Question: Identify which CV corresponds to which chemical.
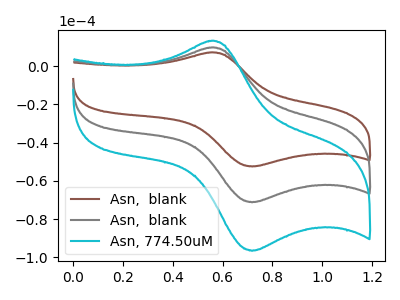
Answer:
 <answer>The brown curve is labeled "Asn,  blank". The gray curve is labeled "Asn,  blank". The cyan curve is labeled "Asn, 774.50uM".</answer>
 <eval></eval>